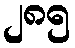
၂၈၅